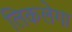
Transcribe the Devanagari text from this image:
लिकलेगा